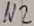
Text: N2